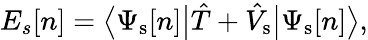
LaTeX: E_{s}[n]={\big\langle}\Psi_{\mathrm{s}}[n]{\big|}{\hat{T}}+{\hat{V}}_{\mathrm{s}}{\big|}\Psi_{\mathrm{s}}[n]{\big\rangle},